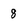
Character: 8